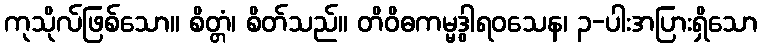
ကုသိုလ်ဖြစ်သော။ စိတ္တံ၊ စိတ်သည်။ တိဝိဓကမ္မဒွါရဝသေန၊ ၃-ပါးအပြားရှိသော